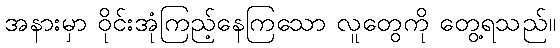
အနားမှာ ဝိုင်းအုံကြည့်နေကြသော လူတွေကို တွေ့ရသည်။